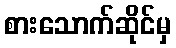
စားသောက်ဆိုင်မှ